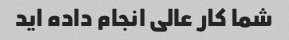
شما کار عالی انجام داده اید